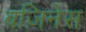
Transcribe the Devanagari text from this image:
बज़िनेस